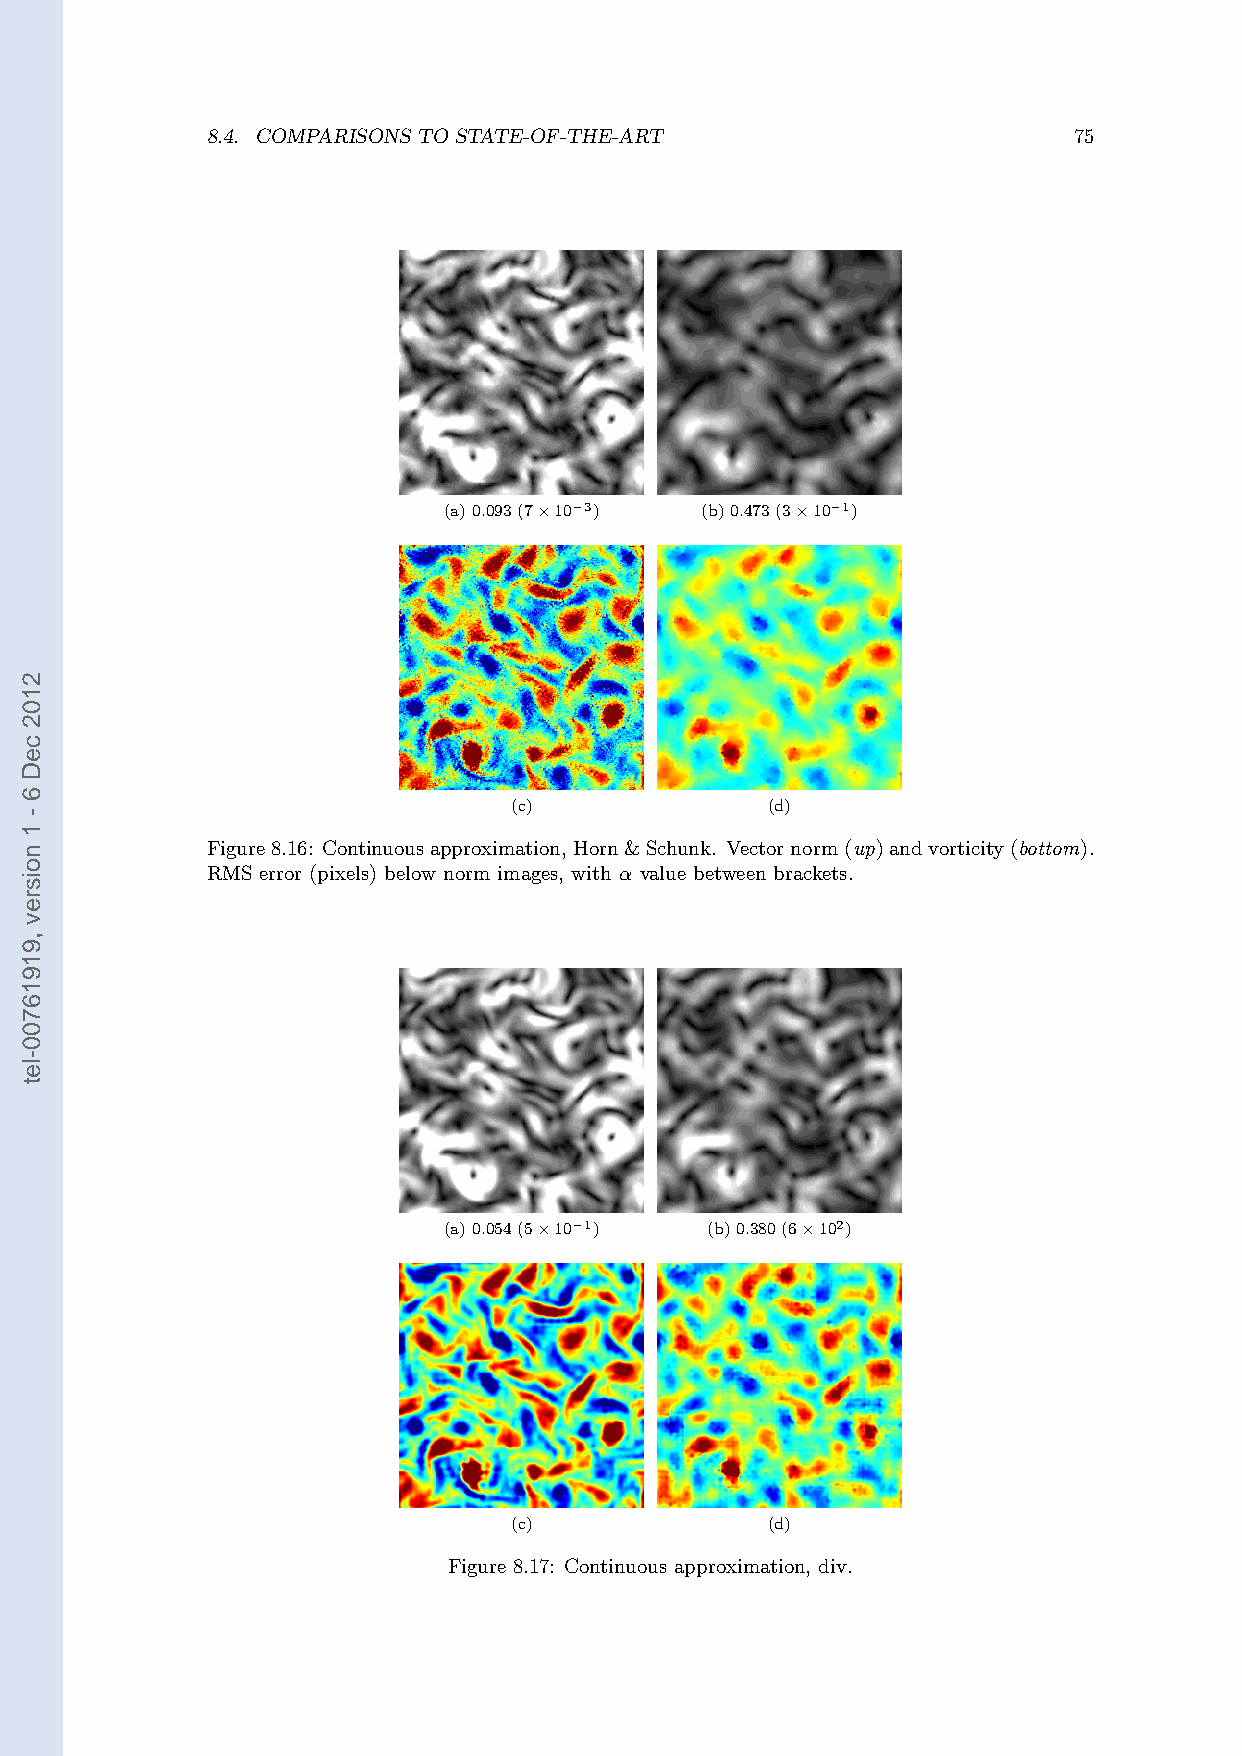
8.4. COMPARISONS TO STATE-OF-THE-ART                     75
 (a)0.093(7×10−3) (b)0.473(3×10−1)
 (c)              (d)
 Figure8.16: Continuousapproximation,Horn&Schunk. Vectornorm(up)andvorticity(bottom).
 RMS error (pixels) below norm images, with α value between brackets.
 (a)0.054(5×10−1)  (b)0.380(6×102)
 (c)              (d)
 Figure 8.17: Continuous approximation, div.
 2102
 ceD
 6
 -
 1
 noisrev
 ,91916700-let